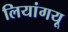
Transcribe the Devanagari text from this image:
लियांगयू